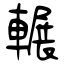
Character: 輾